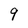
Character: 9